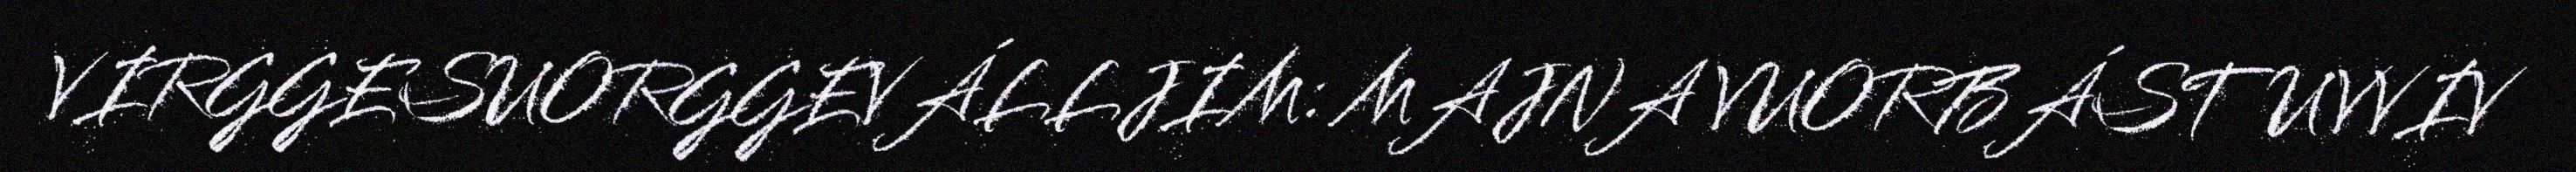
VIRGGESUORGGEVÁLLJIM: MAJNA VUORBÁSTUVVIV